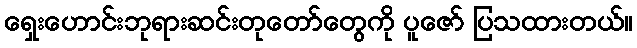
ရှေးဟောင်းဘုရားဆင်းတုတော်တွေကို ပူဇော် ပြသထားတယ်။